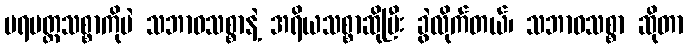
ပရမတ္ထသစ္စာကိုပဲ သဘာဝသစ္စာနဲ့ အရိယသစ္စာဆိုပြီး ခွဲလိုက်တယ်၊ သဘာဝသစ္စာ ဆိုတာ